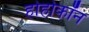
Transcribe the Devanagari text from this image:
होहोकॉन